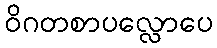
ဝိဂတစာပလ္လောပေ